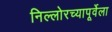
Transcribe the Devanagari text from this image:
निल्लोरच्यापूर्वेला